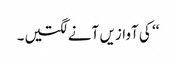
‘‘ کی آوازیں آنے لگتیں۔